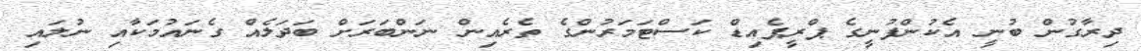
ދިރާގުން ބުނީ އެކުންފުނީގެ ޕްރީޕެއިޑް ކަސްޓަމަރުންގެ ތެރެއިން ނަންބަރަށް ބަދަލެއް ގެނައުމަކާއި ނުލައި